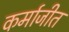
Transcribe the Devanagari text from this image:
कर्माजीत